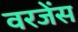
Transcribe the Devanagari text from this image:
वरजेंस